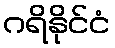
ဂရိနိုင်ငံ